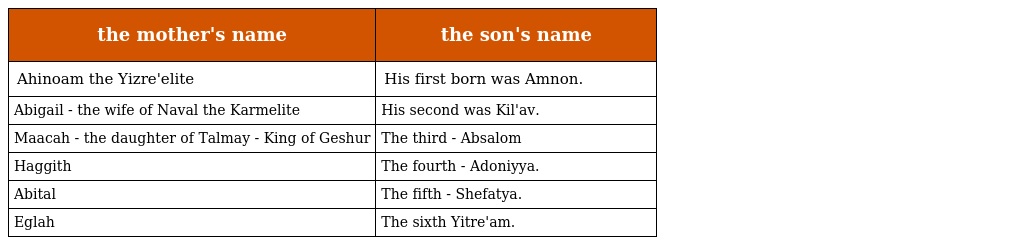
| the mother's name | the son's name |
 | --- | --- |
 | Ahinoam the Yizre'elite | His first born was Amnon. |
 | Abigail - the wife of Naval the Karmelite | His second was Kil'av. |
 | Maacah - the daughter of Talmay - King of Geshur | The third - Absalom |
 | Haggith | The fourth - Adoniyya. |
 | Abital | The fifth - Shefatya. |
 | Eglah | The sixth Yitre'am. |